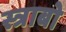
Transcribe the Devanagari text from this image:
स्त्राबो